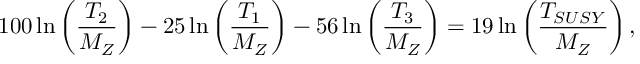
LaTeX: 1 0 0 \ln \left( \frac { T _ { 2 } } { M _ { Z } } \right) - 2 5 \ln \left( \frac { T _ { 1 } } { M _ { Z } } \right) - 5 6 \ln \left( \frac { T _ { 3 } } { M _ { Z } } \right) = 1 9 \ln \left( \frac { T _ { S U S Y } } { M _ { Z } } \right) ,